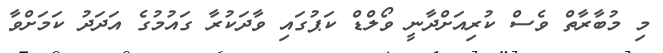
މި މުބާރާތް ވެސް ކުރިއަށްދާނީ ވޯލްޑް ކަޕުގައި ވާދަކުރާ ގައުމުގެ އަދަދު ކަމަށްވާ